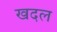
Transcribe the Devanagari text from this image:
खदल